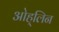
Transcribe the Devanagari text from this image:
ओह्‌लिन